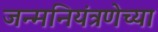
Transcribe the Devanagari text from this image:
जन्मनियंत्रणेच्या